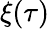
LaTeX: \xi(\tau)